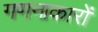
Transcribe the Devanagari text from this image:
गणनाकारों